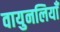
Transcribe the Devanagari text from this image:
वायुनलियाँ